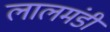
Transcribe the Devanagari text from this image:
लालमंडी